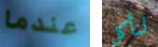
عندما لنأكل